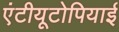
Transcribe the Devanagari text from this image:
एंटीयूटोपियाई